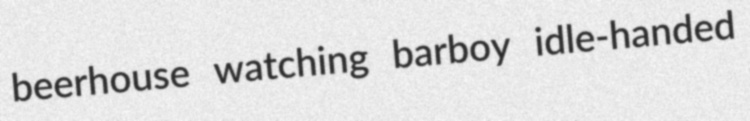
beerhouse watching barboy idle-handed